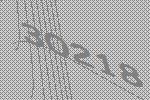
30218